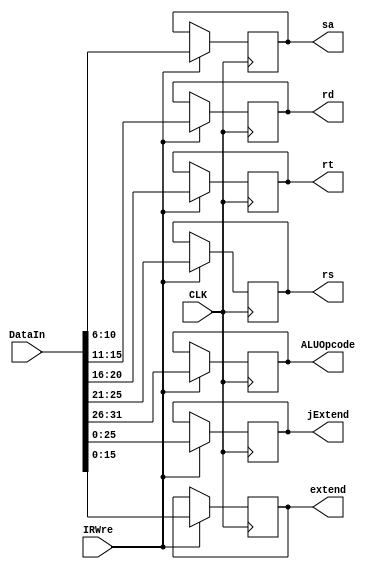
`timescale 1ns / 1ps
//////////////////////////////////////////////////////////////////////////////////
// Company: 
// Engineer: 
// 
// Design Name: 
// Module Name: IR
// Project Name: 
// Target Devices: 
// Tool Versions: 
// Description: 
// 
// Dependencies: 
// 
// Revision:
// Revision 0.01 - File Created
// Additional Comments:
// 
//////////////////////////////////////////////////////////////////////////////////


module IR(
    input CLK,
    input IRWre,
    input [31:0] DataIn,
    output reg [5:0] ALUOpcode,
    output reg [4:0] rs,
    output reg [4:0] rt,
    output reg [4:0] sa,
    output reg [4:0] rd,
    output reg [15:0] extend,
    output reg [25:0] jExtend
    );
    initial begin
        ALUOpcode = 0;
        rs = 0;
        rt = 0;
        sa = 0;
        extend = 0;
        jExtend = 0;
    end
    always @ (posedge CLK) begin
        if(IRWre) begin
            ALUOpcode = DataIn[31:26];
            rs = DataIn[25:21];
            rt = DataIn[20:16];
            rd = DataIn[15:11];
            sa = DataIn[10:6];
            extend = DataIn[15:0];
            jExtend = DataIn[25:0];
        end
    end
endmodule